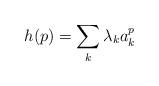
LaTeX: \begin{align*}h(p) = \sum_k \lambda_ka_k^p\end{align*}